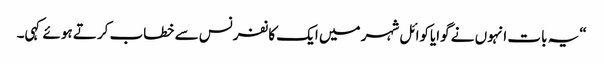
“یہ بات انہوں نے گوایاکوائل شہر میں ایک کانفرنس سے خطاب کرتے ہوئے کہی۔